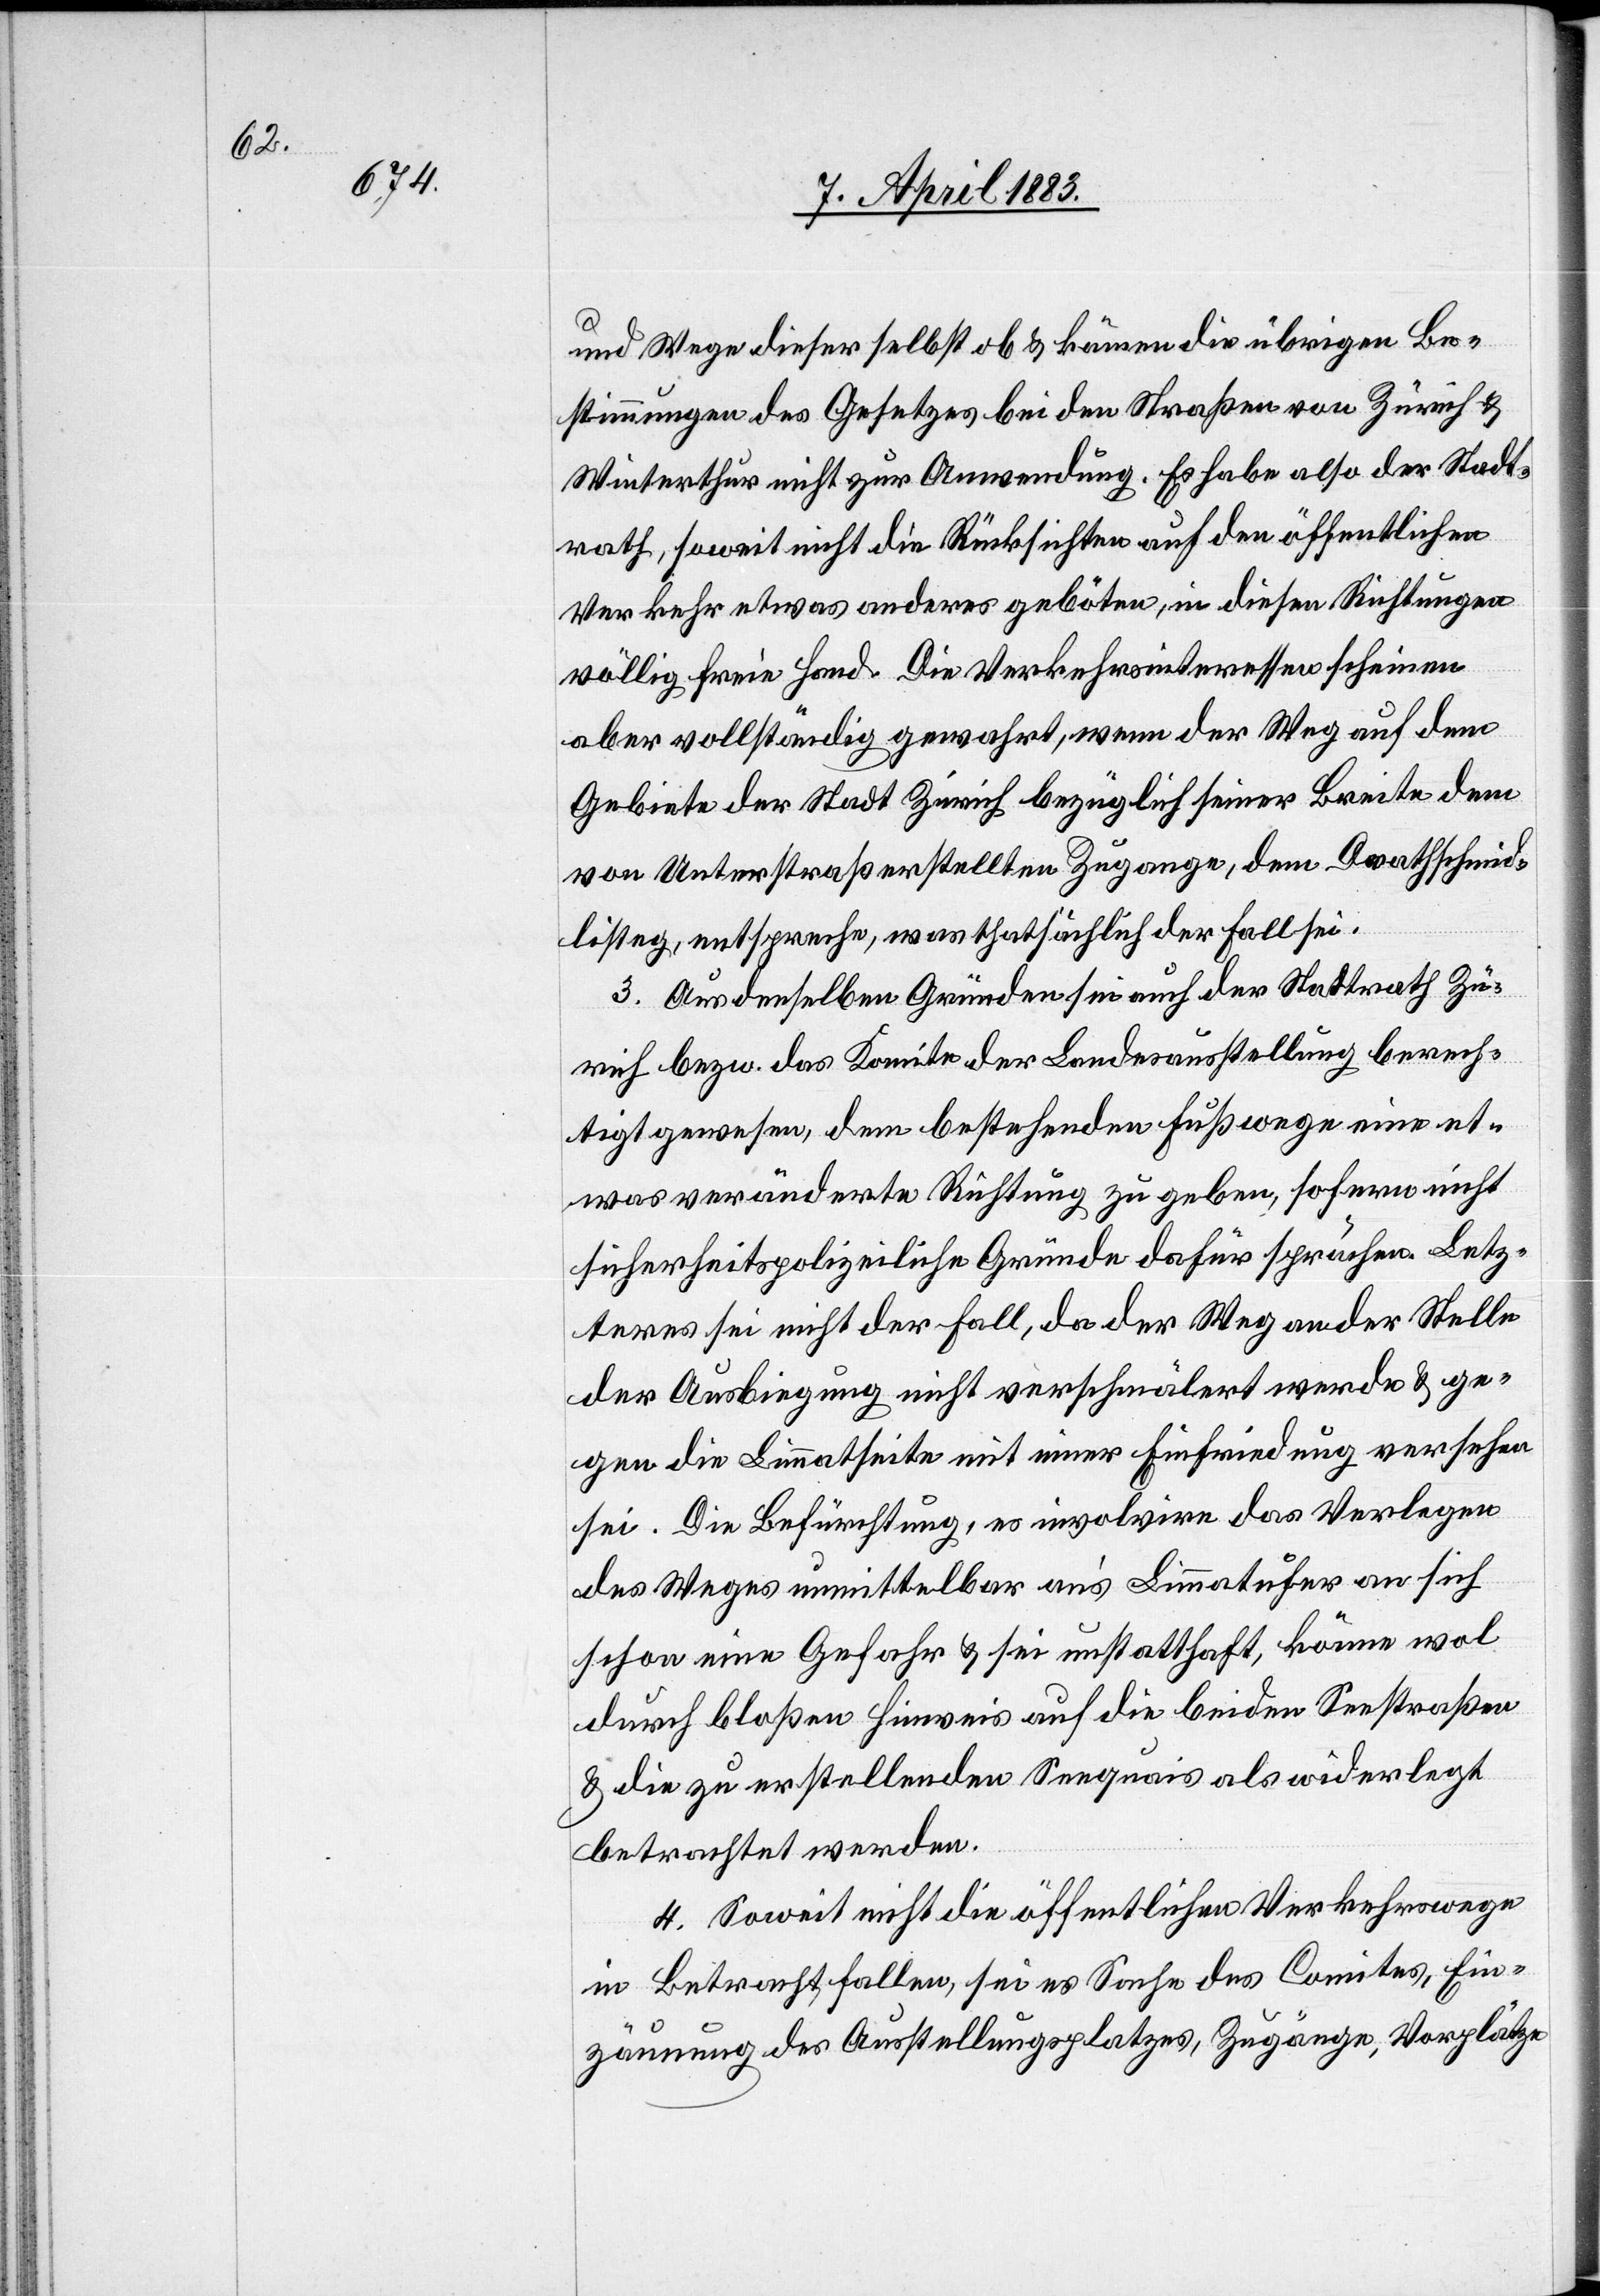
und Wege dieser selbst ob & kämen die übrigen Be¬
stimmungen des Gesetzes bei den Straßen von Zürich &
Winterthur nicht zur Anwendung. Es habe also der Stadt¬
rath, soweit nicht die Rücksichten auf den öffentlichen
Verkehr etwas anderes geboten, in diesen Richtungen
völlig freie Hand. Die Verkehrsinteressen scheinen
aber vollständig gewahrt, wenn der Weg auf dem
Gebiete der Stadt Zürich bezüglich seiner Breite dem
von Unterstraß erstellten Zugange, dem Drathschmied¬
listeg, entspreche, was thatsächlich der Fall sei.
3. Aus denselben Gründen sei auch der Stadtrath Zü¬
rich bezw. das Komitee der Landesausstellung berech¬
tigt gewesen, dem bestehenden Fußwege eine et¬
was veränderte Richtung zu geben, sofern nicht
sicherheitspolizeiliche Gründe dafür sprächen. Letz¬
teres sei nicht der Fall, da der Weg an der Stelle
der Ausbiegung nicht verschmälert werde & ge¬
gen die Limmatseite mit einer Einfriedung versehen
sei. Die Befürchtung, es involvire das Verlegen
des Weges unmittelbar an’s Limmatufer an sich
schon eine Gefahr & sei unstatthaft, könne wol
durch bloßen Hinweis auf die beiden Seestraßen
& die zu erstellenden Seequais als widerlegt
betrachtet werden.
4. Soweit nicht die öffentlichen Verkehrswege
in Betracht fallen, sei es Sache des Comites, Ein¬
zäunung des Ausstellungsplatzes, Zugänge, Vorplätze